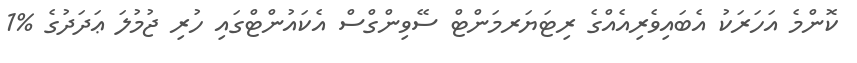
ކޮންމެ އަހަރަކު އެބައިވެރިއެއްގެ ރިޓަޔަރމަންޓް ސޭވިންގްސް އެކައުންޓްގައި ހުރި ޖުމުލަ ޢަދަދުގެ %1